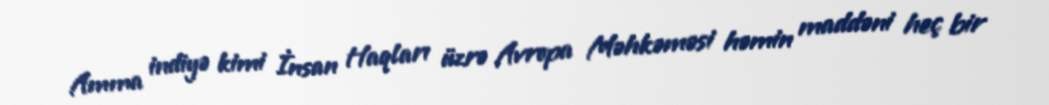
Amma indiyə kimi İnsan Haqları üzrə Avropa Məhkəməsi həmin maddəni heç bir